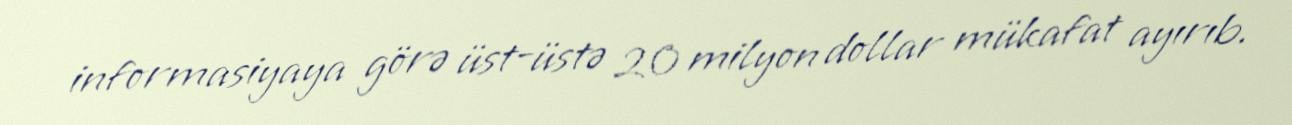
informasiyaya görə üst-üstə 20 milyon dollar mükafat ayırıb.